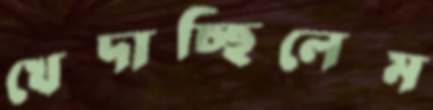
খেদাচ্ছিলেম